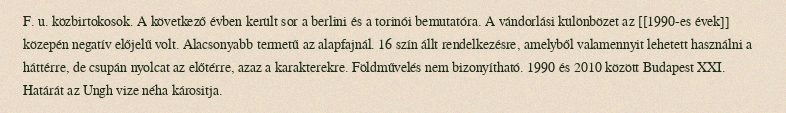
F. u. közbirtokosok. A következő évben került sor a berlini és a torinói bemutatóra. A vándorlási különbözet az [[1990-es évek]] közepén negatív előjelű volt. Alacsonyabb termetű az alapfajnál. 16 szín állt rendelkezésre, amelyből valamennyit lehetett használni a háttérre, de csupán nyolcat az előtérre, azaz a karakterekre. Földművelés nem bizonyítható. 1990 és 2010 között Budapest XXI. Határát az Ungh vize néha kárositja.